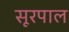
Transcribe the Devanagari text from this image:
सूरपाल